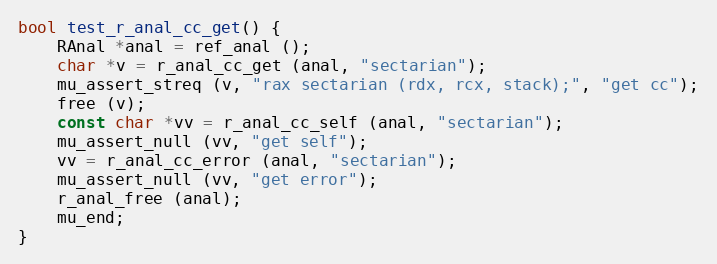
Language: C
bool test_r_anal_cc_get() {
	RAnal *anal = ref_anal ();
	char *v = r_anal_cc_get (anal, "sectarian");
	mu_assert_streq (v, "rax sectarian (rdx, rcx, stack);", "get cc");
	free (v);
	const char *vv = r_anal_cc_self (anal, "sectarian");
	mu_assert_null (vv, "get self");
	vv = r_anal_cc_error (anal, "sectarian");
	mu_assert_null (vv, "get error");
	r_anal_free (anal);
	mu_end;
}